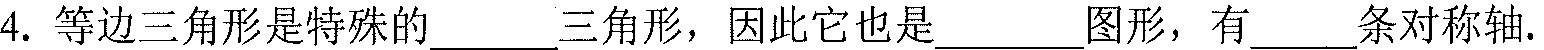
4. 等边三角形是特殊的______三角形，因此它也是________图形，有______条对称轴.